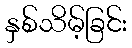
နှစ်သိမ့်ခြင်း